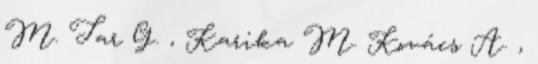
M. Tar G. , Karika M. Kovács A. ,